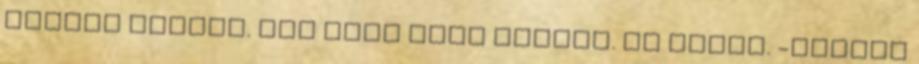
merült bennem. Bár most hogy mondja. ki tudja. -Liával